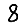
Digit: 8